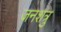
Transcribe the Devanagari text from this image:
जनशत्रु